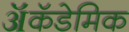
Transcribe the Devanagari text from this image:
ॲकॅडेमिक